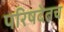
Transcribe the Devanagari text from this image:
परिषदेतच